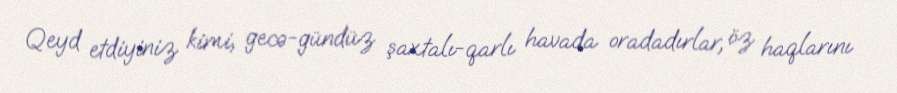
Qeyd etdiyiniz kimi, gecə-gündüz şaxtalı-qarlı havada oradadırlar, öz haqlarını